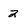
Character: 2